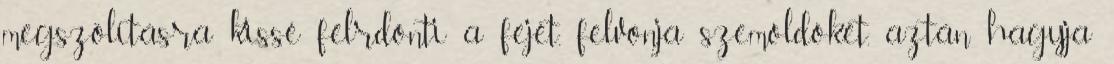
megszólításra kissé félrdönti a fejét, felvonja szemöldökét, aztán hagyja